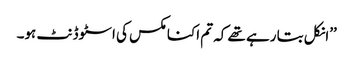
’’انکل بتا رہے تھے کہ تم اکنامکس کی اسٹوڈنٹ ہو۔